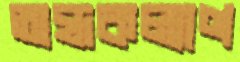
অন্ধকল্যাণ